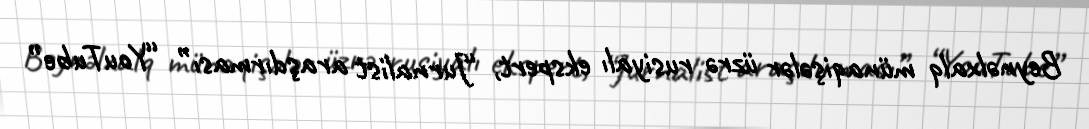
Beynəlxalq münaqişələr üzrə rusiyalı ekspert, “Jurnalist araşdırması” “YouTube”